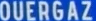
QUERGAZ